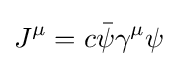
J^{\mu }=c{\bar {\psi }}\gamma ^{\mu }\psi